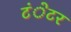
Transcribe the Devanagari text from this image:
टंेटर